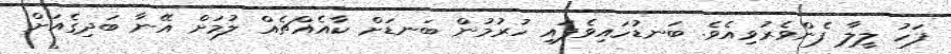
ފަހު ލީލާ ފެންވެރުވިއެވެ. ބަނޑުހައިވެފައި ހުރުމުން ބަނޑަށް ކާއެއްޗެއް ލުމަށް އޭނާ ބަދިގެއަށް